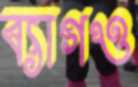
ব্যাগও